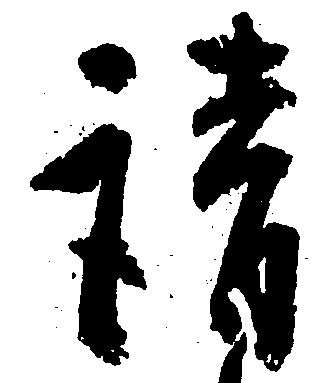
請